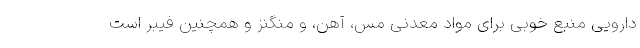
دارویی منبع خوبی برای مواد معدنی مس، آهن، و منگنز و همچنین فیبر است